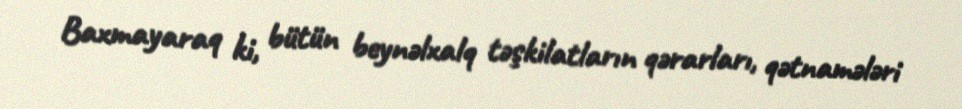
Baxmayaraq ki, bütün beynəlxalq təşkilatların qərarları, qətnamələri